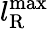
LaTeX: l_{\mathrm{R}}^{\operatorname*{max}}